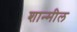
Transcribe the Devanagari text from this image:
शान्मील